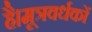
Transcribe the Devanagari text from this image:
है।मूत्रवर्धकों